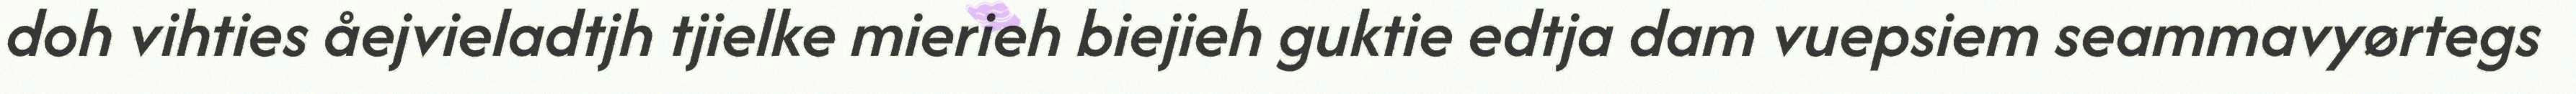
doh vihties åejvieladtjh tjielke mierieh biejieh guktie edtja dam vuepsiem seammavyørtegs